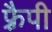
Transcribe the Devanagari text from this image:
फ़्रैपी